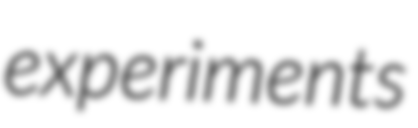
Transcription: experiments